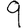
Digit: 9